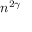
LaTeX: n ^ { 2 \gamma }